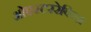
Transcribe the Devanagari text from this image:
ओएस्टररेकिश